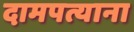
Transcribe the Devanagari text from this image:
दामपत्याना